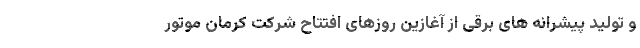
و تولید پیشرانه های برقی از آغازین روزهای افتتاح شرکت کرمان موتور